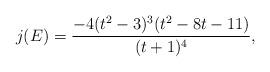
LaTeX: \begin{align*}j(E) = \frac{-4(t^2-3)^3(t^2-8t-11)}{(t+1)^4},\end{align*}